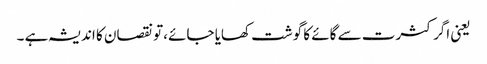
یعنی اگر کثرت سے گائے کا گوشت کھایا جائے ،تو نقصان کا اندیشہ ہے ۔